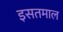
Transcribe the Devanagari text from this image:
इसतमाल